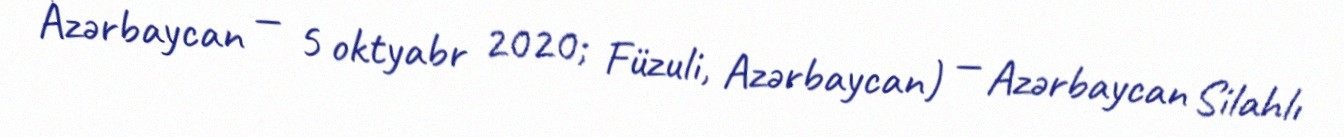
Azərbaycan — 5 oktyabr 2020; Füzuli, Azərbaycan) — Azərbaycan Silahlı